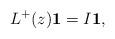
LaTeX: \begin{align*}L^{+}(z)\textbf{1}=I\textbf{1},\end{align*}